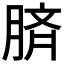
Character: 𦜝